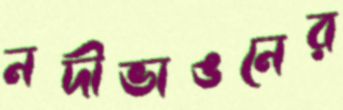
নদীভাঙনের